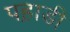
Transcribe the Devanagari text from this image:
पह़ाडी